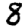
Digit: 8